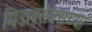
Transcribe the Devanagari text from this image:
मिडलसेक्सच्या